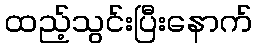
ထည့်သွင်းပြီးနောက်